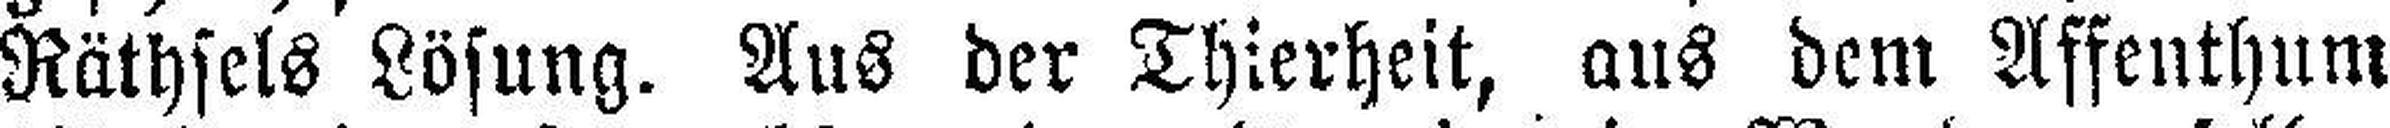
Räthsels Lösung. Aus der Thierheit, aus dem Affenthum